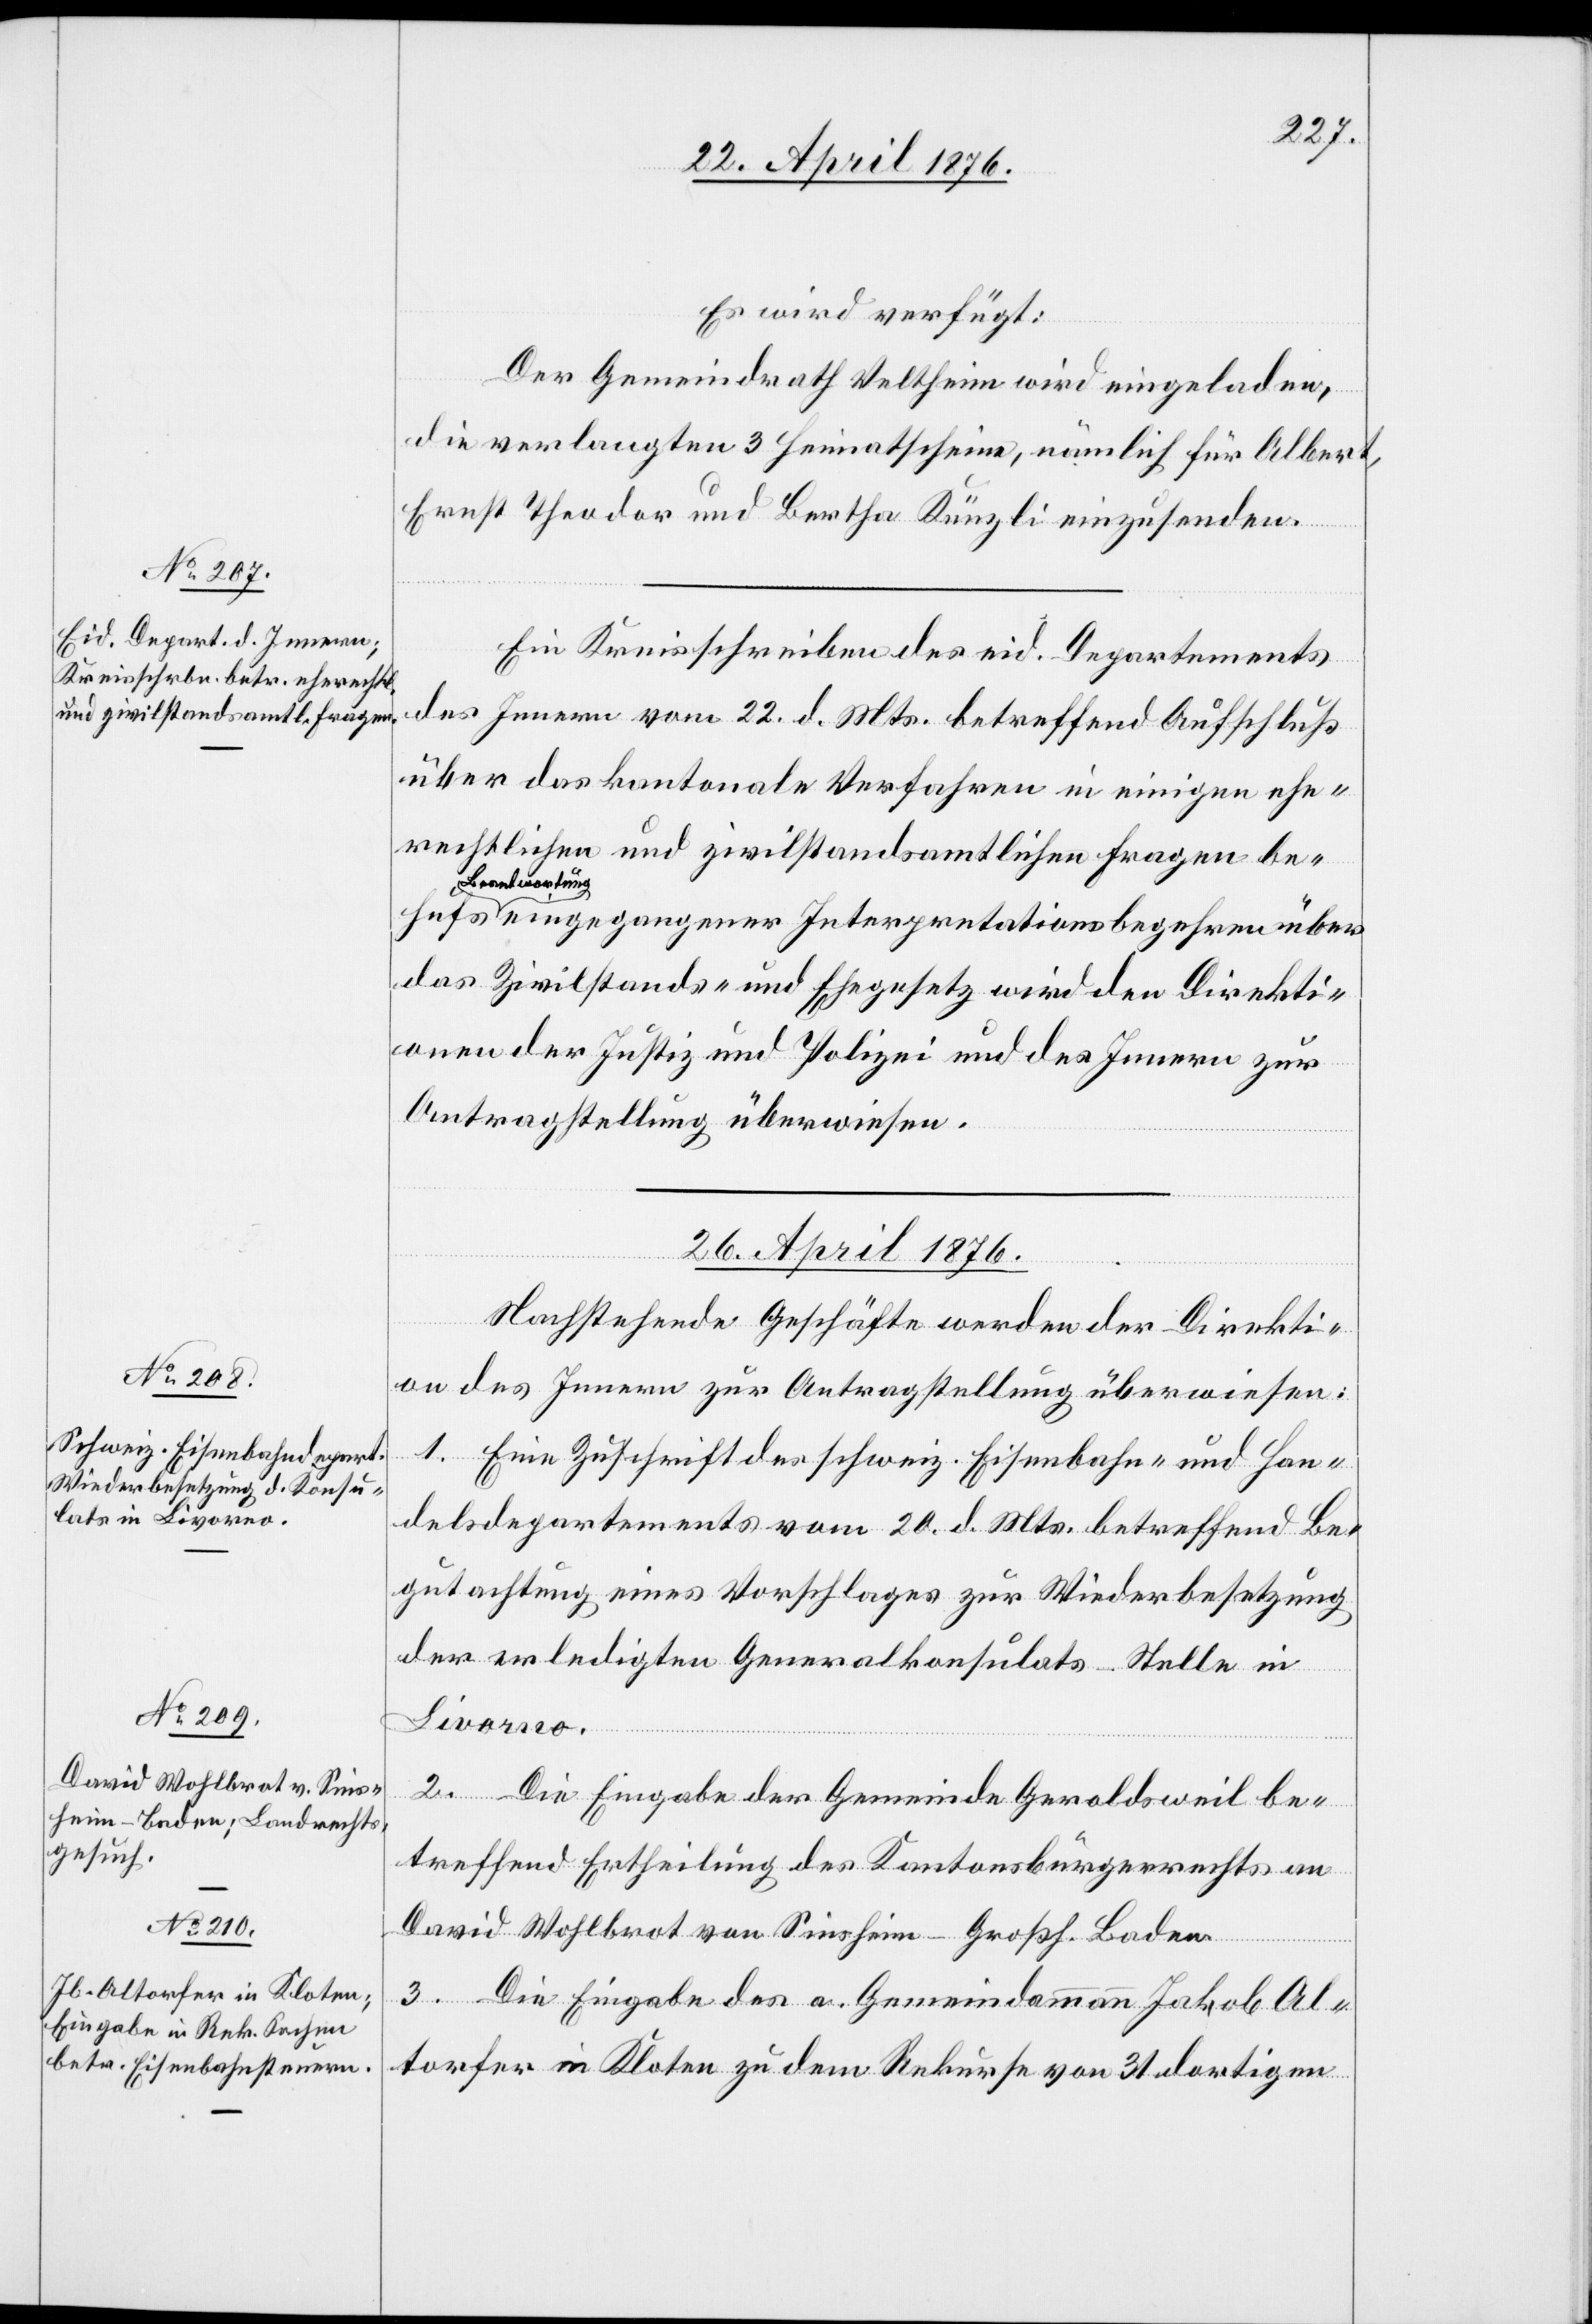
Es wird verfügt:
hufs
Der Gemeindrath Veltheim wird eingeladen,
die verlangten 3 Heimatscheine, nämlich für Albert,
Ernst Theodor und Bertha Künzli einzusenden.
Ein Kreisschreiben des eid. Departements
des Innern vom 22. d. Mts. betreffend Aufschluß
über das kantonale Verfahren in einigen ehe¬
rechtlichen und zivilstandsamtlichen Fragen be¬
Beantwortun¬
g eingegangener Interpretationsbegehren über
das Zivilstands- und Ehegesetz wird den Direkti¬
onen der Justiz und Polizei und des Innern zur
Antragstellung überwiesen.
26. April 1876.]
Nachstehende Geschäfte werden der Direkti¬
on des Innern zur Antragstellung überwiesen:
1. Eine Zuschrift des schweiz. Eisenbahn- und Han¬
delsdepartements vom 20. d. Mts. betreffend Be¬
gutachtung eines Vorschlages zur Wiederbesetzung
der erledigten Generalkonsulats-Stelle in
Livorno.
2. Die Eingabe der Gemeinde Geroldsweil be¬
treffend Ertheilung des Kantonsbürgerrechts an
David Wohlbrot von Sinsheim-Großh. Baden.
3. Die Eingabe des a. Gemeindammann Jakob Al¬
torfer in Kloten zu dem Rekurse von 31 dortigen